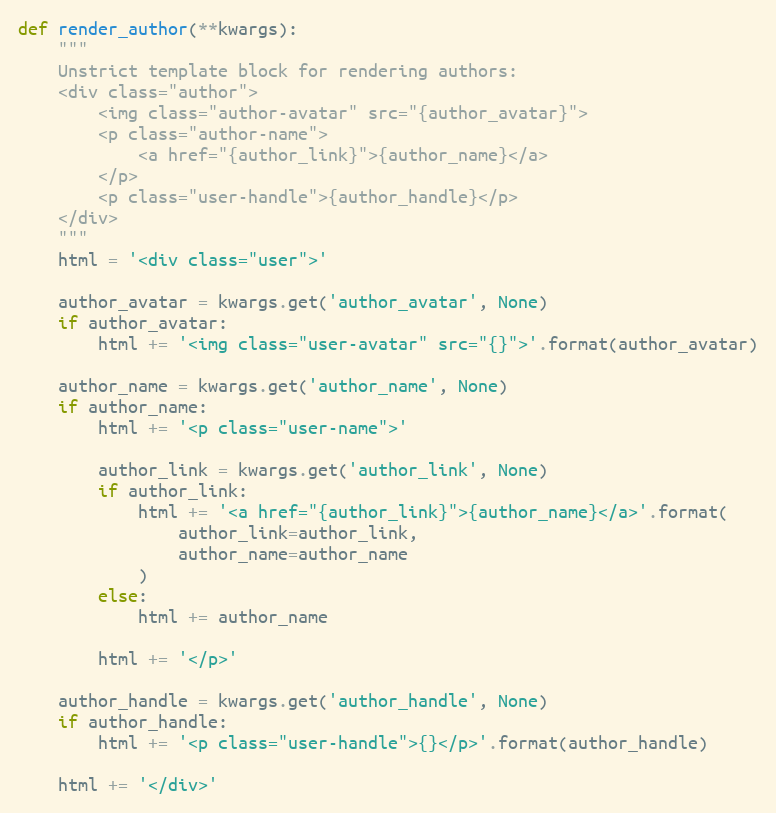
Language: Python
def render_author(**kwargs):
    """
    Unstrict template block for rendering authors:
    <div class="author">
        <img class="author-avatar" src="{author_avatar}">
        <p class="author-name">
            <a href="{author_link}">{author_name}</a>
        </p>
        <p class="user-handle">{author_handle}</p>
    </div>
    """
    html = '<div class="user">'

    author_avatar = kwargs.get('author_avatar', None)
    if author_avatar:
        html += '<img class="user-avatar" src="{}">'.format(author_avatar)

    author_name = kwargs.get('author_name', None)
    if author_name:
        html += '<p class="user-name">'

        author_link = kwargs.get('author_link', None)
        if author_link:
            html += '<a href="{author_link}">{author_name}</a>'.format(
                author_link=author_link,
                author_name=author_name
            )
        else:
            html += author_name

        html += '</p>'

    author_handle = kwargs.get('author_handle', None)
    if author_handle:
        html += '<p class="user-handle">{}</p>'.format(author_handle)

    html += '</div>'